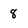
Character: 8